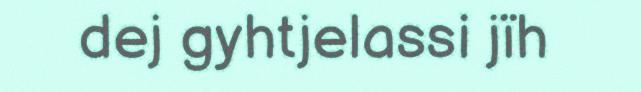
dej gyhtjelassi jïh